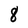
Character: 8